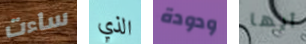
ساءت الذي ودودة أيها